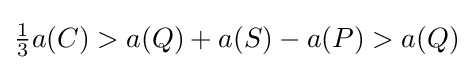
{\textstyle {\frac {1}{3}}a(C)>a(Q)+a(S)-a(P)>a(Q)}